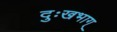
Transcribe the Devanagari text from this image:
दुःखभाग्